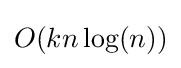
O(kn\log(n))